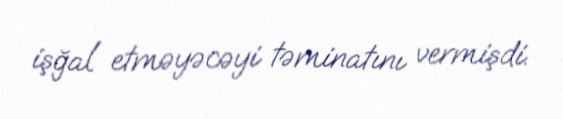
işğal etməyəcəyi təminatını vermişdi.